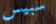
سبيس